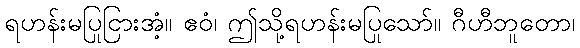
ရဟန်းမပြုငြားအံ့။ ဧဝံ၊ ဤသို့ရဟန်းမပြုသော်။ ဂီဟီဘူတော၊